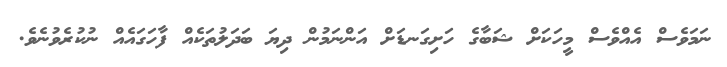
ނަމަވެސް އެއްވެސް މީހަކަށް ޝަބާގެ ހަށިގަނޑަށް އަންނަމުން ދިޔަ ބަދަލުތަކެއް ފާހަގައެއް ނުކުރެވުނެވެ.